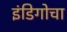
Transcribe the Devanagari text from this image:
इंडिगोचा